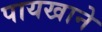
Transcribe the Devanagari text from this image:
पायखाने